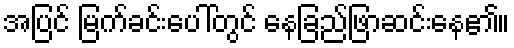
အပြင် မြက်ခင်းပေါ်တွင် နေခြည်ဖြာဆင်းနေ၏။